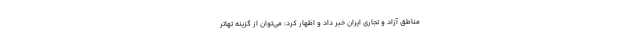
مناطق آزاد و تجاری ایران خبر داد و اظهار کرد: می‌توان از گزینه تهاتر